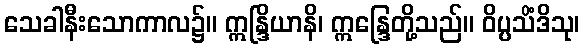
သေခါနီးသောကာလ၌။ ဣန္ဒြိယာနိ၊ ဣန္ဒြေတို့သည်။ ဝိပ္ပသိံဒိသု၊